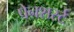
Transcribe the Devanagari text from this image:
पेनशर्स्ट